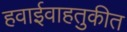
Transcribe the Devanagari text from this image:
हवाईवाहतुकीत